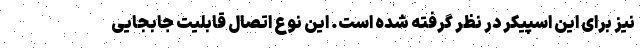
نیز برای این اسپیکر در نظر گرفته شده است. این نوع اتصال قابلیت جابجایی